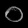
Digit: ၀